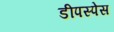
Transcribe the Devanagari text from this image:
डीपस्पेस